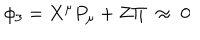
{ } \phi _ { 3 } = X ^ { \mu } P _ { \mu } + Z \Pi \; \approx \; 0